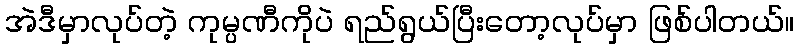
အဲဒီမှာလုပ်တဲ့ ကုမ္ပဏီကိုပဲ ရည်ရွယ်ပြီးတော့လုပ်မှာ ဖြစ်ပါတယ်။